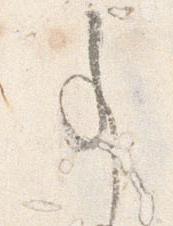
事